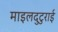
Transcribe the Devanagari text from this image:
माइलदुटुराई